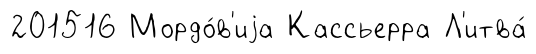
201516 Мордо́в'иjа Кассьерра Л'итва́